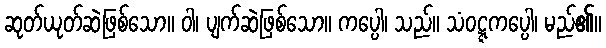
ဆုတ်ယုတ်ဆဲဖြစ်သော။ ဝါ၊ ပျက်ဆဲဖြစ်သော။ ကပ္ပေါ၊ သည်။ သံဝဋ္ဋကပ္ပေါ၊ မည်၏။